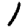
Digit: 1